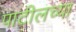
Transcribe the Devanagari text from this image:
पाटीलच्या